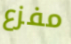
مفزع